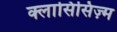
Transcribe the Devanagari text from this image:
क्लासिसिज़्म